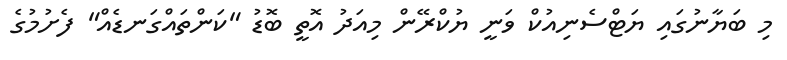
މި ބަޔާނުގައި ޔަޓްސެނިއުކް ވަނީ ޔުކްރޭން މިއަދު އޮތީ ބޮޑު "ކަންތައްގަނޑެއް" ފެށުމުގެ